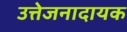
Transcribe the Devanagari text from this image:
उत्तेजनादायक